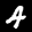
Label: 4